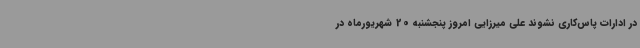
در ادارات پاس‌کاری نشوند علی میرزایی امروز پنجشنبه 20 شهریورماه در